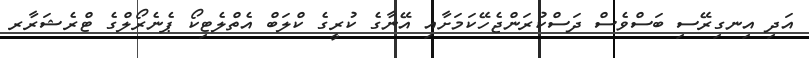
އަދި އިނގިރޭސި ބަސްވެސް ދަސްކުރަންޖެހޭކަމަށާއި އޭނާގެ ކުރީގެ ކްލަބް އެތްލެޓިކޯ ޕެނެރޯލްގެ ޓްރެޝަރާރ